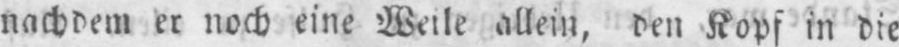
nachdem er noch eine Weile allein, den Kopf in die